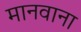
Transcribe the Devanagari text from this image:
मानवाना